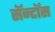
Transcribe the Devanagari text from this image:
सॅन्टाॅस